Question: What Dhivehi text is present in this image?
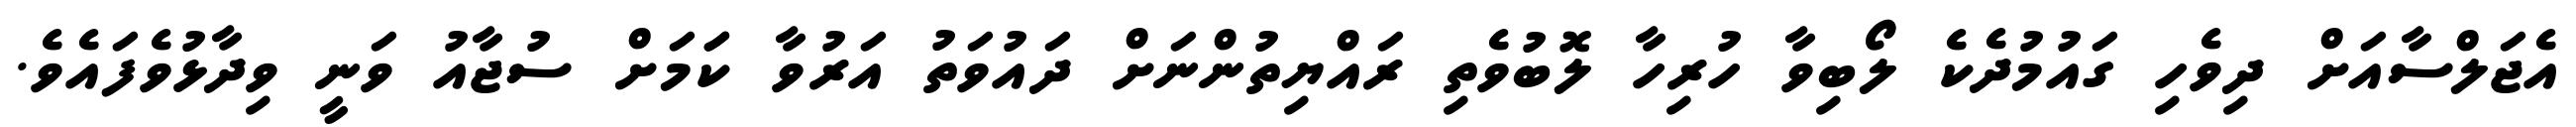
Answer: އެޖަލްސާއަށް ދިވެހި ގައުމުދެކެ ލޯބިވާ ހުރިހާ ލޮބުވެތި ރައްޔިތުންނަށް ދައުވަތު އަރުވާ ކަަމަށް ސުޖާއު ވަނީ ވިދާޅުވެފައެވެ.